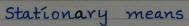
Stationary means